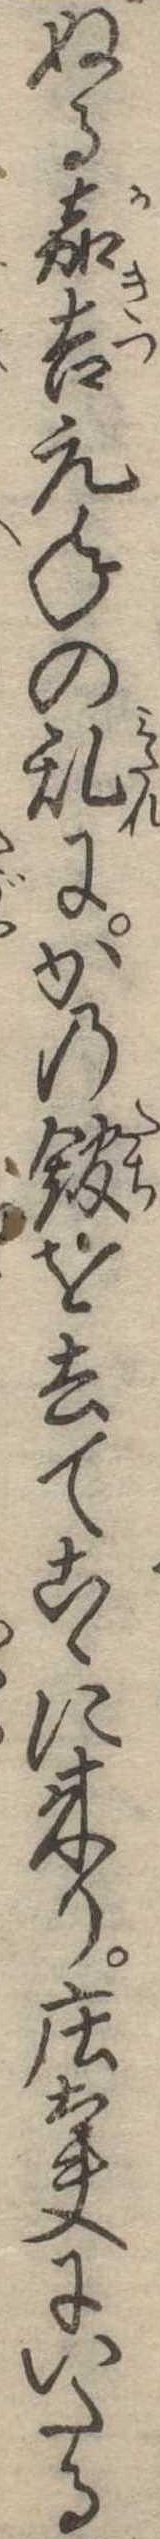
ぬる嘉吉元年の乱にかの館を去てこゝに来り荘太夫にいたる